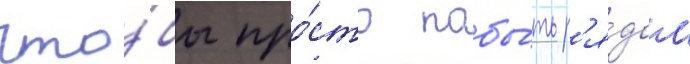
что́бы про́сто побы́ть р'я́дом